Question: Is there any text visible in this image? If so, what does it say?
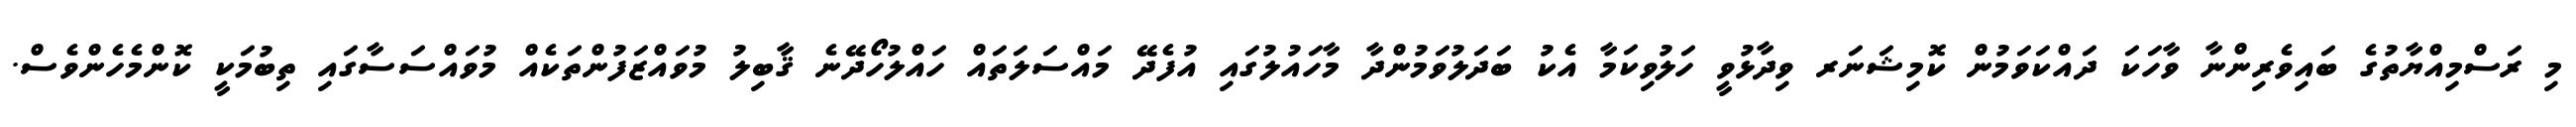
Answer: މި ރަސްމިއްޔާތުގެ ބައިވެރިންނާ ވާހަކަ ދައްކަވަމުން ކޮމިޝަނަރ ވިދާޅުވީ ހަލުވިކަމާ އެކު ބަދަލުވަމުންދާ މާހައުލުގައި އުފެދޭ މައްސަލަތައް ހައްލުހޯދޭނެ ޤާބިލު މުވައްޒަފުންތަކެއް މުވައްސަސާގައި ތިބުމަކީ ކޮންމެހެންވެސް.